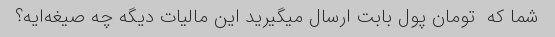
شما که  تومان پول بابت ارسال میگیرید این مالیات دیگه چه صیغه‌ایه؟